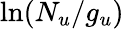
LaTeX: \ln(N_{u}/g_{u})